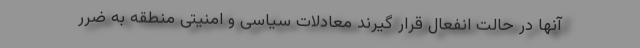
آنها در حالت انفعال قرار گیرند معادلات سیاسی و امنیتی منطقه به ضرر